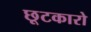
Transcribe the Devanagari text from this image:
छूटकारो